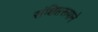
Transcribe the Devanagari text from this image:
संक्षिप्तरूपाने